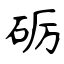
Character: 砺